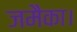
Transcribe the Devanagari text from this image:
जमैका।